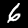
Label: 6